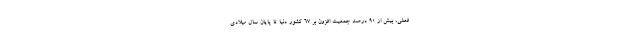
فعلی، بیش از ۹۰ درصد جمعیت افزون بر ۶۷ کشور دنیا تا پایان سال میلادی